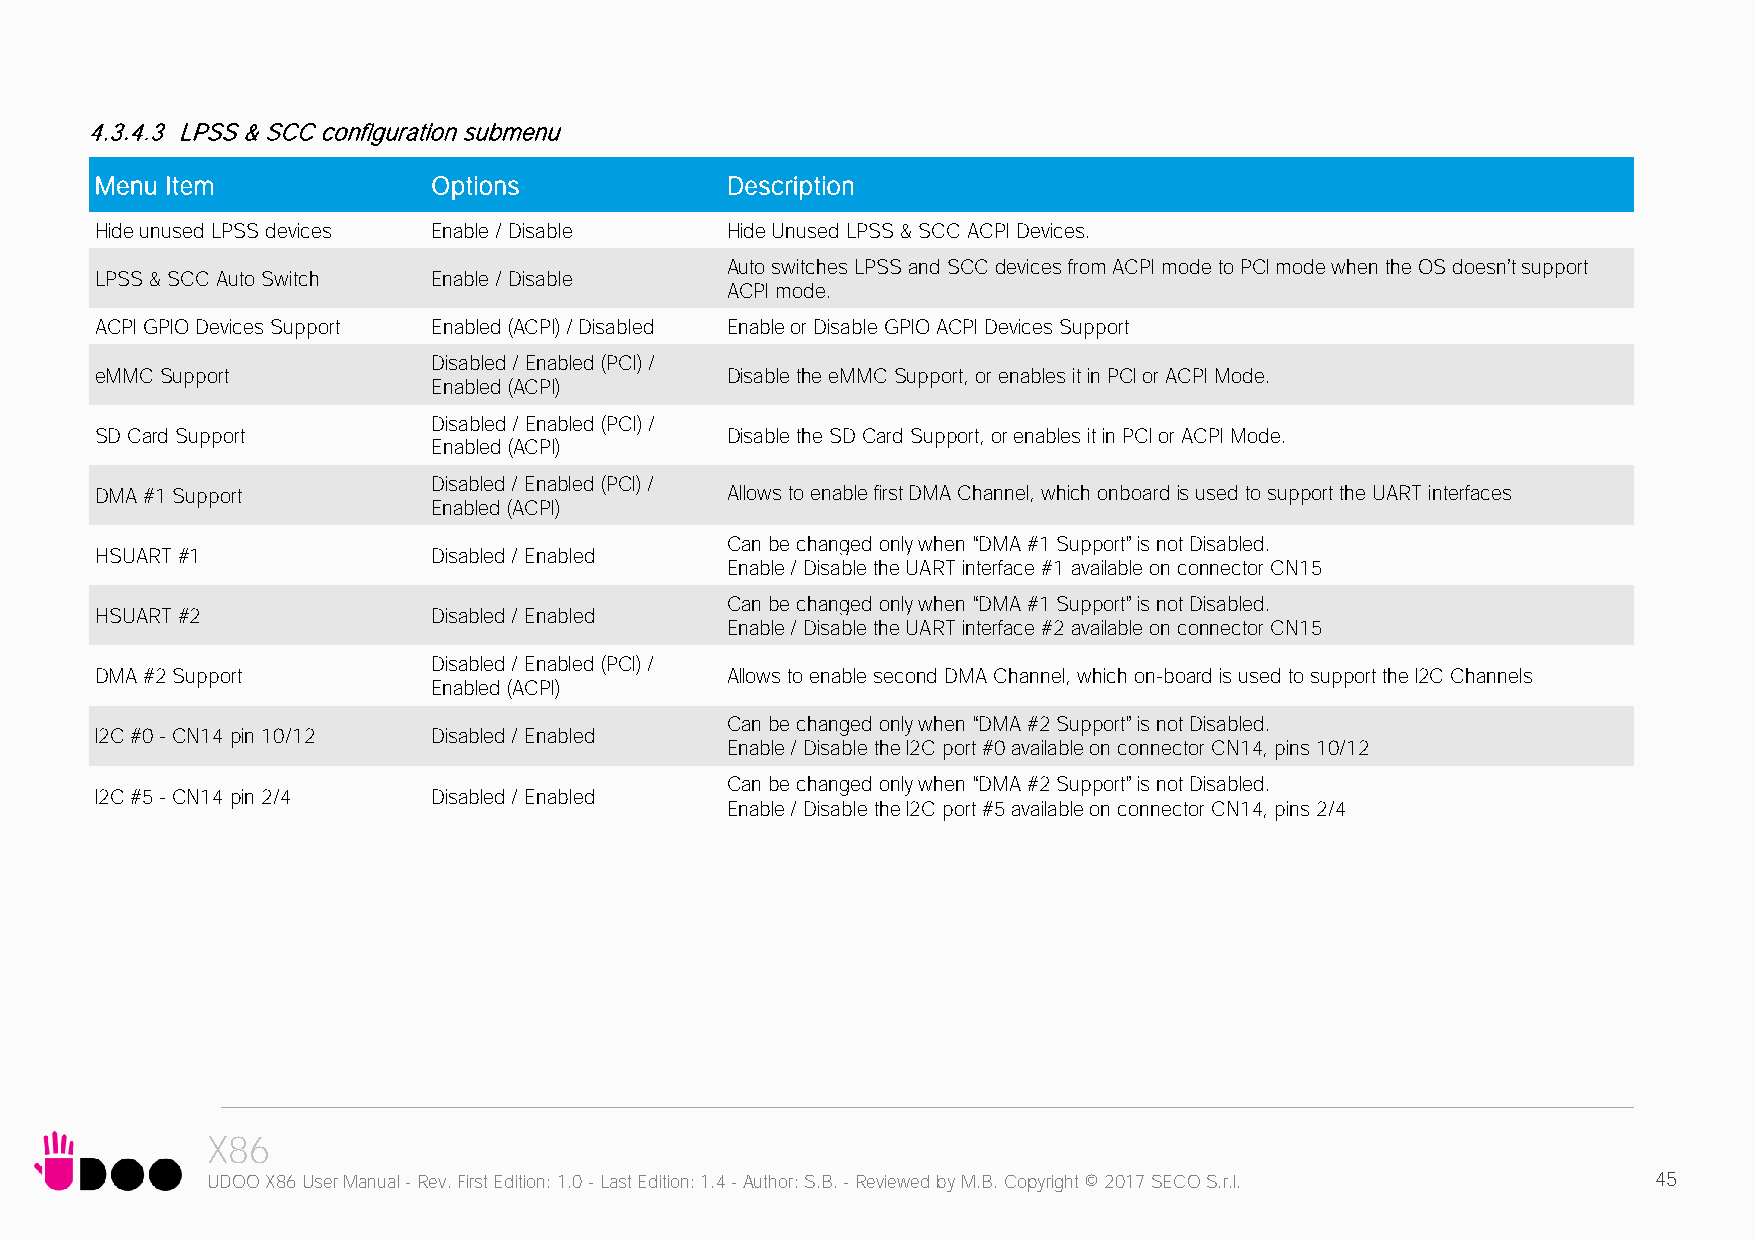
4.3.4.3 LPSS & SCC configuration submenu
 Menu Item              Options            Description
 Hide unused LPSS devices Enable / Disable Hide Unused LPSS & SCC ACPI Devices.
 Auto switches LPSS and SCC devices from ACPI mode to PCI mode when the OS doesn’t support
 LPSS & SCC Auto Switch Enable / Disable
 ACPI mode.
 ACPI GPIO Devices Support Enabled (ACPI) / Disabled Enable or Disable GPIO ACPI Devices Support
 Disabled / Enabled (PCI) /
 eMMC Support                              Disable the eMMC Support, or enables it in PCI or ACPI Mode.
 Enabled (ACPI)
 Disabled / Enabled (PCI) /
 SD Card Support                           Disable the SD Card Support, or enables it in PCI or ACPI Mode.
 Enabled (ACPI)
 Disabled / Enabled (PCI) /
 DMA #1 Support                            Allows to enable first DMA Channel, which onboard is used to support the UART interfaces
 Enabled (ACPI)
 Can be changed only when “DMA #1 Support” is not Disabled.
 HSUART #1              Disabled / Enabled
 Enable / Disable the UART interface #1 available on connector CN15
 Can be changed only when “DMA #1 Support” is not Disabled.
 HSUART #2              Disabled / Enabled
 Enable / Disable the UART interface #2 available on connector CN15
 Disabled / Enabled (PCI) /
 DMA #2 Support                            Allows to enable second DMA Channel, which on-board is used to support the I2C Channels
 Enabled (ACPI)
 Can be changed only when “DMA #2 Support” is not Disabled.
 I2C #0 - CN14 pin 10/12 Disabled / Enabled
 Enable / Disable the I2C port #0 available on connector CN14, pins 10/12
 Can be changed only when “DMA #2 Support” is not Disabled.
 I2C #5 - CN14 pin 2/4  Disabled / Enabled
 Enable / Disable the I2C port #5 available on connector CN14, pins 2/4
 X86
 UDOO X86 User Manual - Rev. First Edition: 1.0 - Last Edition: 1.4 - Author: S.B. - Reviewed by M.B. Copyright © 2017 SECO S.r.l. 45